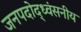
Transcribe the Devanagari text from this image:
जनपदोद्ध्वंसनीय